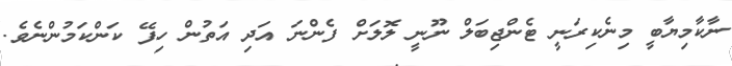
ނާކާމިޔާބީ މިނެކިރަނީ ޓެންޖިބަލް ނޫނީ ލޮލަށް ފެންނަ އަދި އަތުން ހިފޭ ކަންކަމުންނެވެ.